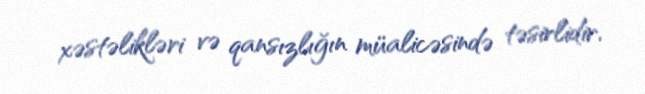
xəstəlikləri və qansızlığın müalicəsində təsirlidir.